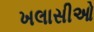
ખલાસીઓ